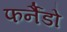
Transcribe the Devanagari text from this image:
फर्नैंडो